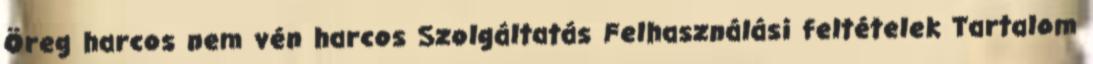
Öreg harcos nem vén harcos Szolgáltatás Felhasználási feltételek Tartalom